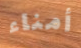
أمناء